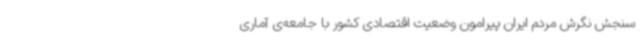
سنجش نگرش مردم ایران پیرامون وضعیت اقتصادی کشور با جامعه‌ی آماری